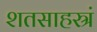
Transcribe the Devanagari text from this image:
शतसाहस्रं